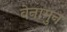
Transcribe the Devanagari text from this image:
वेनामुन